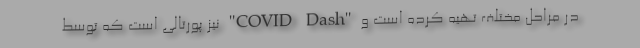
در مراحل مختلف تهیه کرده است و "COVID Dash" نیز پورتالی است که توسط